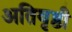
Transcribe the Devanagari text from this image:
अतिवृष्ठी